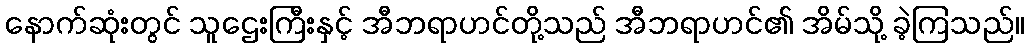
နောက်ဆုံးတွင် သူဌေးကြီးနှင့် အီဘရာဟင်တို့သည် အီဘရာဟင်၏ အိမ်သို့ ခဲ့ကြသည်။